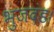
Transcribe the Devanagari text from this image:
भुजदंड।